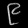
Digit: ၉